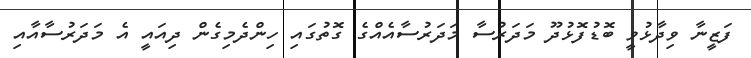
ފަޒީނާ ވިދާޅުވީ ބޮޑުފޮޅުދޫ މަދަރުސާ މަދަރުސާއެއްގެ ގޮތުގައި ހިންދެމިގެން ދިއައީ އެ މަދަރުސާއާއި